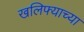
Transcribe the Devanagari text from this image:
खलिफ्याच्या